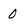
Character: 0